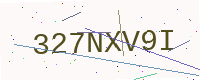
Text: 327NXV9I